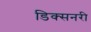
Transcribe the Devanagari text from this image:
डिक्सनरी